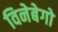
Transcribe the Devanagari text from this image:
विनेबेगो